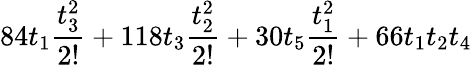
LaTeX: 84t_{1}\frac{t_{3}^{2}}{2!}+118t_{3}\frac{t_{2}^{2}}{2!}+30t_{5}\frac{t_{1}^{2}}{2!}+66t_{1}t_{2}t_{4}